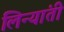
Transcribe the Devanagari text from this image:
लिन्यांती